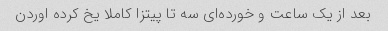
بعد از یک ساعت و خورده‌ای سه تا پیتزا کاملا یخ کرده اوردن